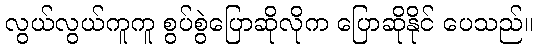
လွယ်လွယ်ကူကူ စွပ်စွဲပြောဆိုလိုက ပြောဆိုနိုင် ပေသည်။